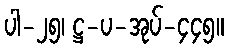
ပါ-၂၅၊ ဋ္ဌ-ပ-အုပ်-၄၄၅။